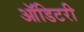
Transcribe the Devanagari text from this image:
ऑडिटरी